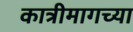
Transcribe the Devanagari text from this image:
कात्रीमागच्या